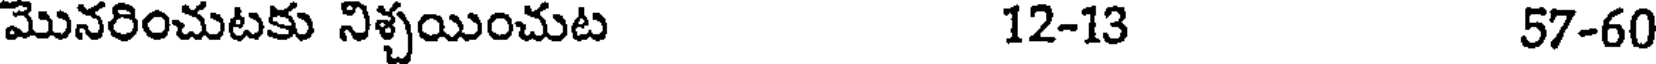
మొనరించుటకు నిశ్చయించుట 12-13 57-60